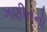
ગણીતનો